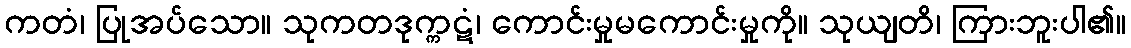
ကတံ၊ ပြုအပ်သော။ သုကတဒုက္ကဋံ၊ ကောင်းမှုမကောင်းမှုကို။ သုယျတိ၊ ကြားဘူးပါ၏။